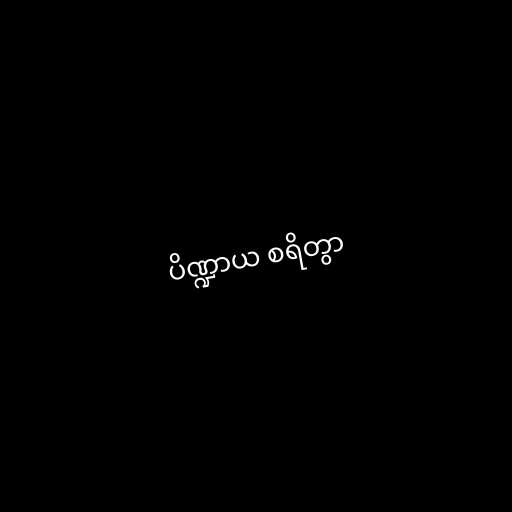
ပိဏ္ဍာယ စရိတွာ